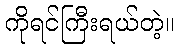
ကိုရင်ကြီးရယ်တဲ့။